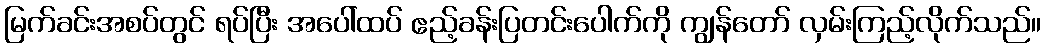
မြက်ခင်းအစပ်တွင် ရပ်ပြီး အပေါ်ထပ် ဧည့်ခန်းပြတင်းပေါက်ကို ကျွန်တော် လှမ်းကြည့်လိုက်သည်။